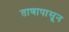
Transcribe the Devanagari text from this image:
ताणापासून